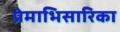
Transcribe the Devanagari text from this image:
प्रेमाभिसारिका